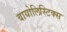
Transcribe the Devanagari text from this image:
बायोलिस्टिक्स